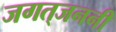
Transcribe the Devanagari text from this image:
जगत्‌जननी